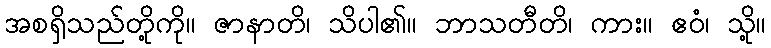
အစရှိသည်တို့ကို။ ဇာနာတိ၊ သိပါ၏။ ဘာသတီတိ၊ ကား။ ဧဝံ၊ သို့။